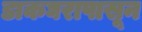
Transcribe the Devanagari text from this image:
डाकघरापासून